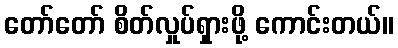
တော်တော် စိတ်လှုပ်ရှားဖို့ ကောင်းတယ်။